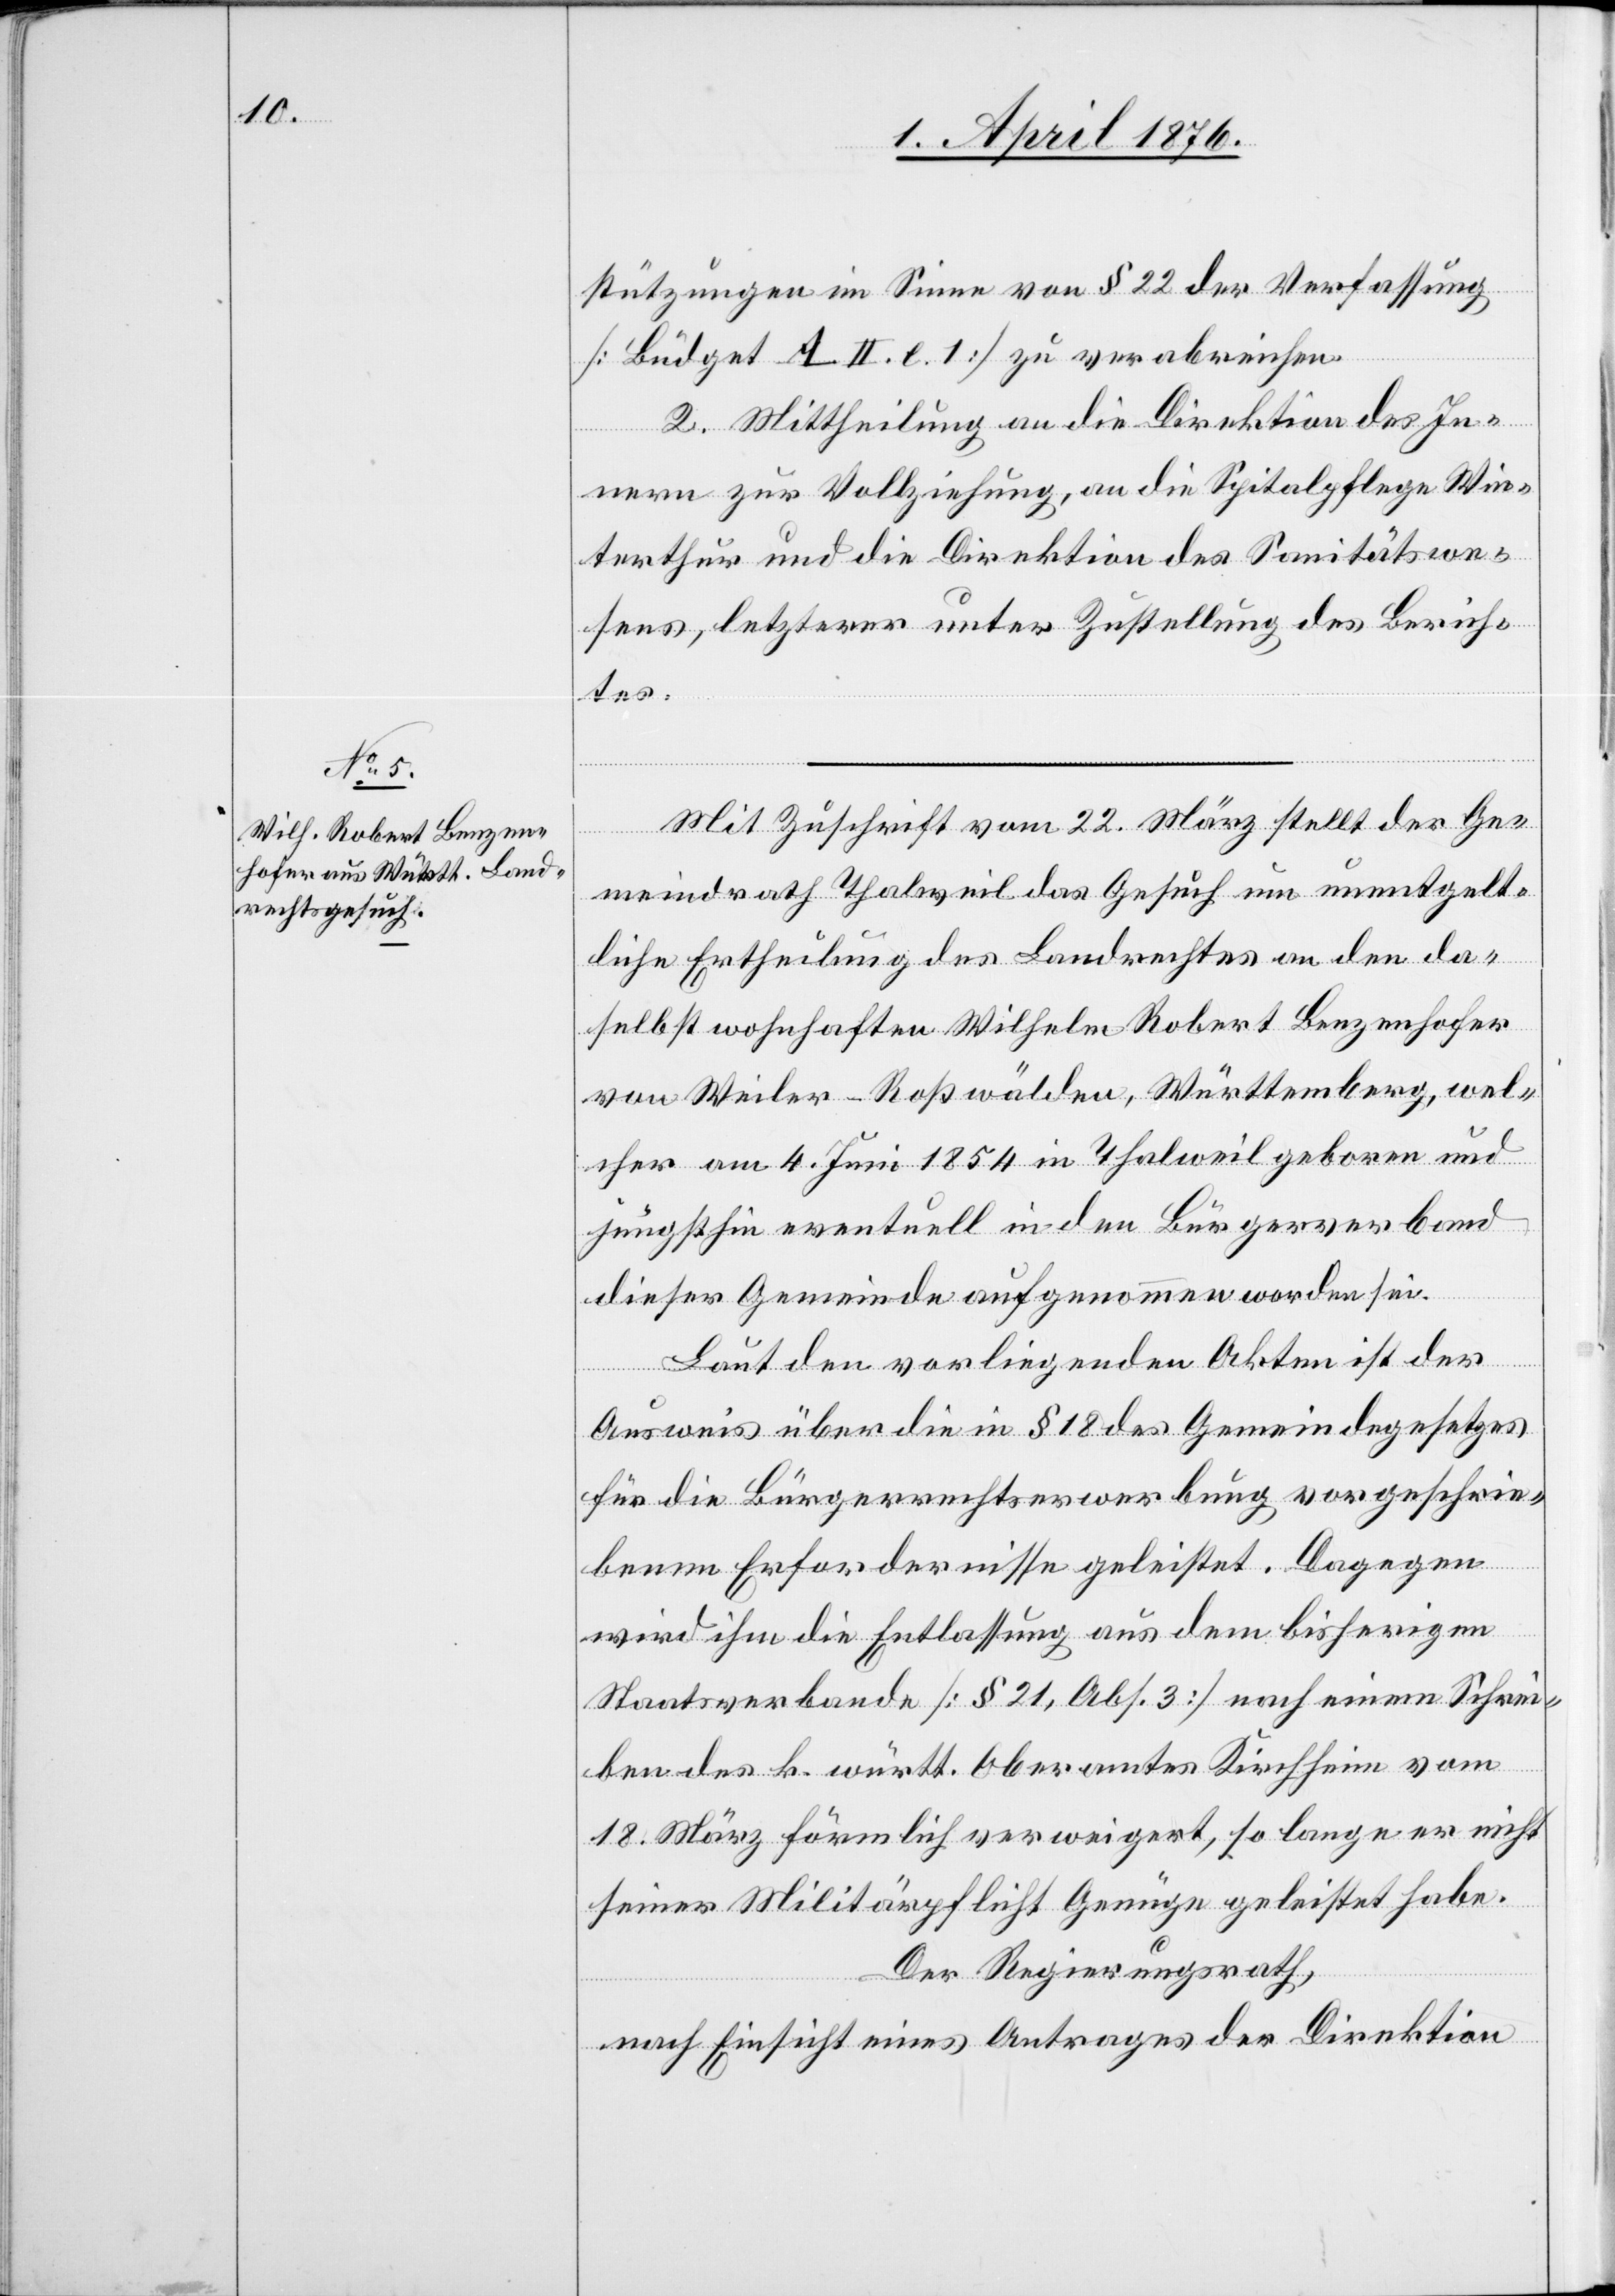
stützungen im Sinne von § 22 der Verfassung
[Büdget A. II. e. 1] zu verabreichen.
2. Mittheilung an die Direktion des In¬
nern zur Vollziehung, an die Spitalpflege Win¬
terthur und die Direktion des Sanitätswe¬
sens, letzterer unter Zustellung des Berich¬
tes.
Mit Zuschrift vom 22. März stellt der Ge¬
meindrath Thalweil das Gesuch um unentgelt¬
liche Ertheilung des Landrechtes an den da¬
selbst wohnhaften Wilhelm Robert Benzenhofer
von Weiler-Roßwälden, Württemberg, wel¬
cher am 4. Juni 1854 in Thalweil geboren und
jüngsthin eventuell in den Bürgerverband
dieser Gemeinde aufgenommen worden sei.
Laut den vorliegenden Akten ist der
Ausweis über die in § 18 des Gemeindegesetzes
für die Bürgerrechtserwerbung vorgeschrie¬
benen Erfordernisse geleistet. Dagegen
wird ihm die Entlassung aus dem bisherigen
Staatsverbande [§ 21, Abs. 3] nach einem Schrei¬
ben des k. württ. Oberamtes Kirchheim vom
18. März förmlich verweigert, so lange er nicht
seiner Militärpflicht Genüge geleistet habe.
Der Regierungsrath,
nach Einsicht eines Antrages der Direktion